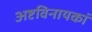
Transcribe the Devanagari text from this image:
अष्टविनायकां